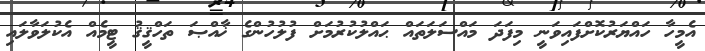
އެމީހާ ހައްޔަރުކޮށްފައިވަނީ މިފަދަ މައްސަލަތައް ޙައްލުކުރުމަށް ފުލުހުންގެ ޚާއްޞަ ތަހްޤީޤު ޓީމެއް އެކުލަވާލައި